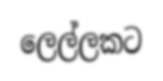
ලෙල්ලකට